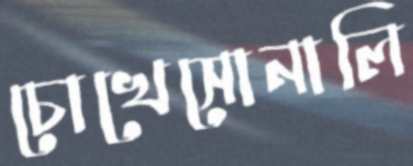
চোখেসোনালি